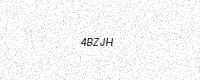
Text: 4BZJH